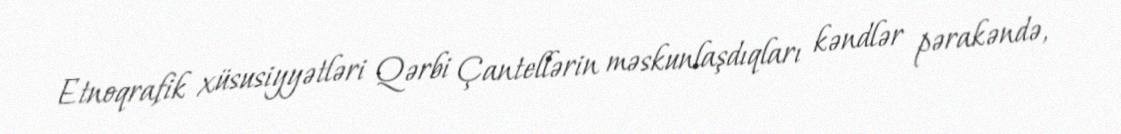
Etnoqrafik xüsusiyyətləri Qərbi Çantellərin məskunlaşdıqları kəndlər pərakəndə,